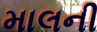
માલની